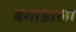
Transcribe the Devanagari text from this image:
बगाडाला